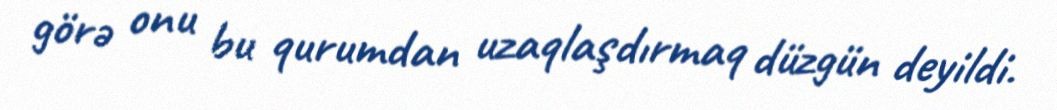
görə onu bu qurumdan uzaqlaşdırmaq düzgün deyildi.